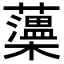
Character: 𧃾